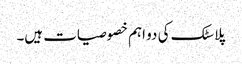
پلاسٹک کی دو اہم خصوصیات ہیں۔